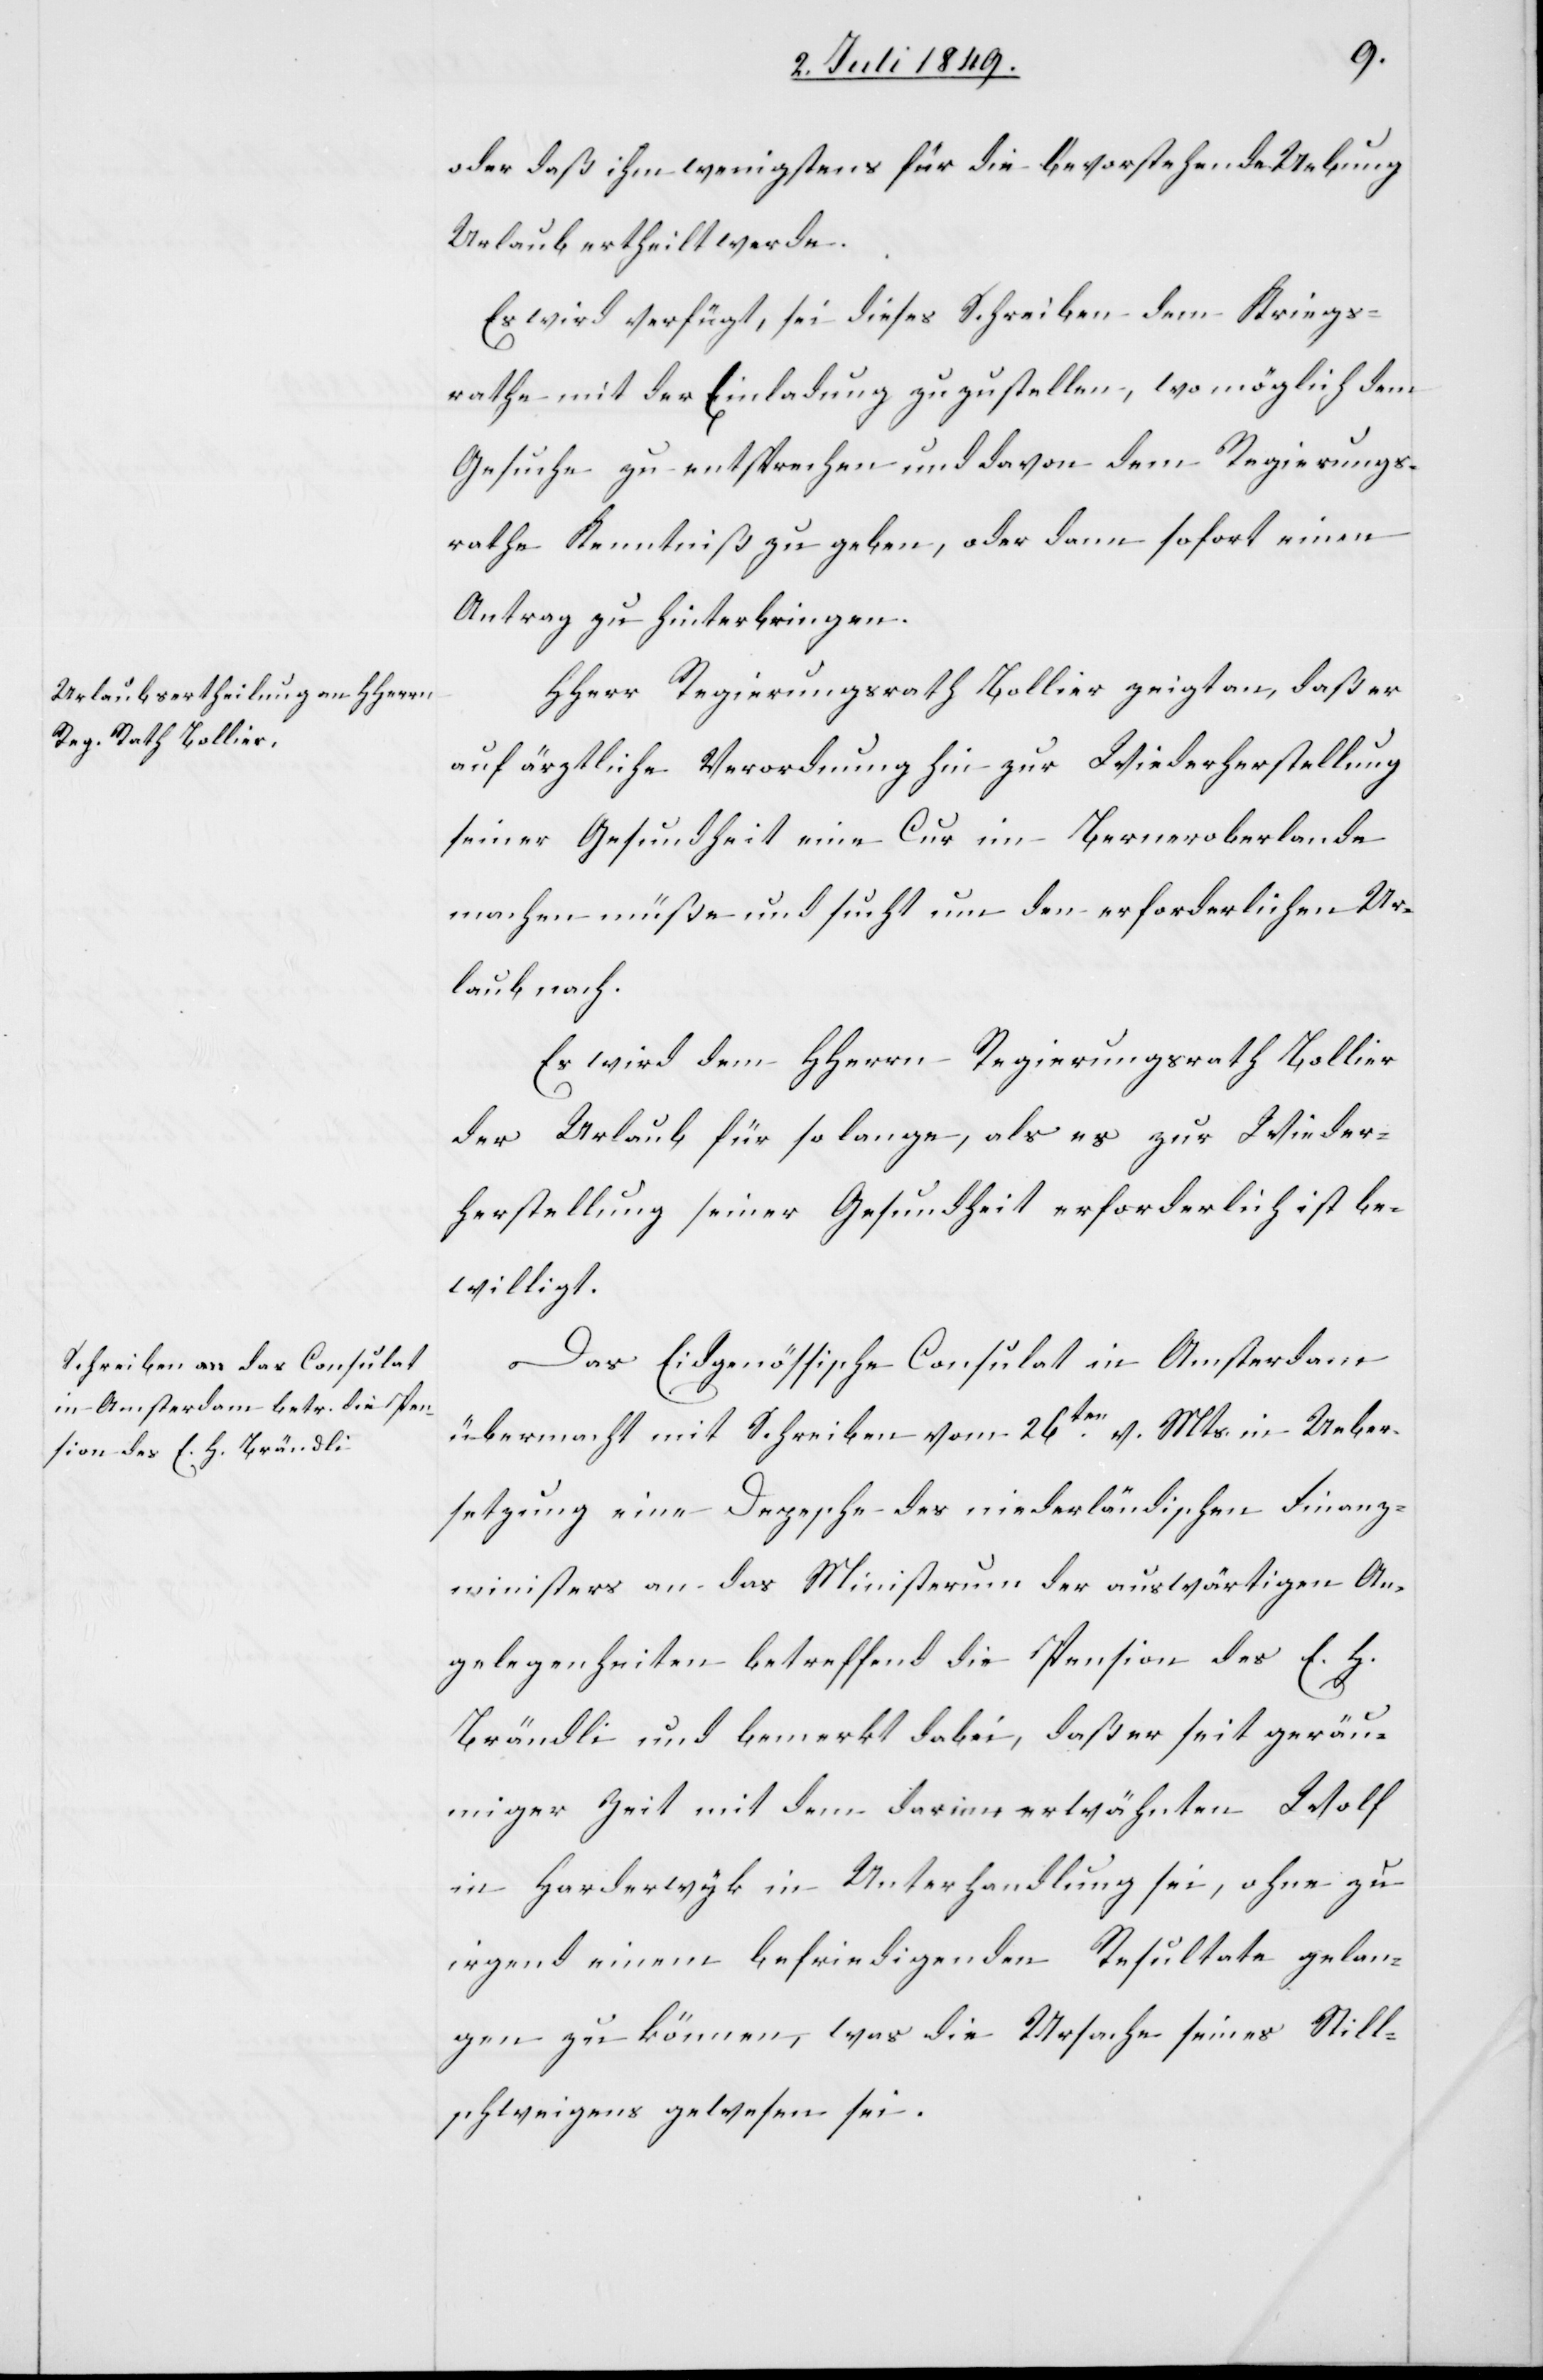
3. Juli 1849.]
oder daß ihm wenigstens für die bevorstehende Uebung
Urlaub ertheilt werde.
Es wird verfügt, sei dieses Schreiben dem Kriegs¬
rathe mit der Einladung zuzustellen, wo möglich dem
Gesuche zu entsprechen und davon dem Regierungs¬
rathe Kenntniß zu geben, oder dann sofort einen
Antrag zu hinterbringen.
HHerr Regierungsrath Bollier zeigt an, daß er
auf ärztliche Verordnung hin zur Wiederherstellung
seiner Gesundheit eine Cur im Berneroberlande
machen müße und sucht um den erforderlichen Ur¬
laub nach.
Es wird dem HHerrn Regierungsrath Bollier
der Urlaub für so lange, als es zur Wieder¬
herstellung seiner Gesundheit erforderlich ist be¬
willigt.
Das Eidgenössische Consulat in Amsterdam
übermacht mit Schreiben vom 26ten v. Mts. in Ueber¬
setzung eine Depesche des niederländischen Finanz¬
ministers an das Ministerium der auswärtigen An¬
gelegenheiten betreffend die Pension des E. H.
Brändli und bemerkt dabei, daß er seit geräu¬
miger Zeit mit dem darin erwähnten Wolf
in Harderwyk in Unterhandlung sei, ohne zu
irgend einem befriedigenden Resultate gelan¬
gen zu können, was die Ursache seines Still¬
schweigens gewesen sei.